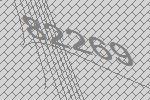
82269